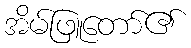
အိမ်ဖြူတော်၏